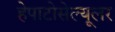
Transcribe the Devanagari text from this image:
हेपाटोसेल्यूलर